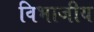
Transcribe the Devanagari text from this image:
विभाजीय